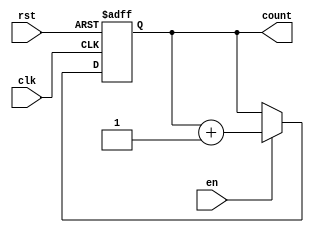
module binary_up_counter_enable
(
    input wire clk, // Clock signal
    input wire rst, // Reset signal
    input wire en,  // Enable signal
    output reg [3:0] count // 4-bit counter output
);

always @(posedge clk or posedge rst)
begin
    if(rst)
        count <= 4'b0000; // Reset counter back to 0
    else if(en)
        count <= count + 1; // Increment counter if enable signal is high
end

endmodule